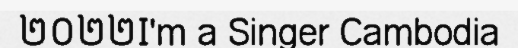
២០២២I'm a Singer Cambodia